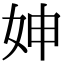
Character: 妽